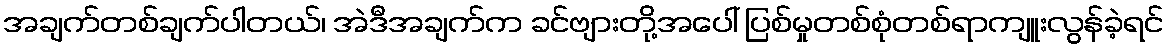
အချက်တစ်ချက်ပါတယ်၊ အဲဒီအချက်က ခင်ဗျားတို့အပေါ် ပြစ်မှုတစ်စုံတစ်ရာကျူးလွန်ခဲ့ရင်